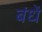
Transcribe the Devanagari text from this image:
बंधें